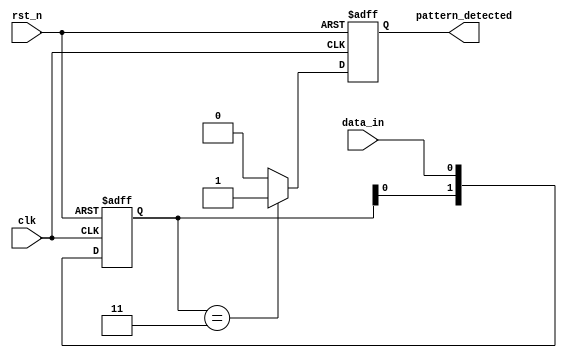
module dual_ff_detector (
    input wire clk,                // Clock signal
    input wire rst_n,              // Active low reset
    input wire data_in,            // Input data stream
    output reg pattern_detected     // Output signal indicating pattern detection
);

    // Parameters for the pattern to detect (example: "11")
    parameter PATTERN_LEN = 2;
    reg [PATTERN_LEN-1:0] pattern = 2'b11; // Define the pattern to detect
    reg [1:0] ff_out;                // Outputs of the dual flip-flops

    // Dual Flip-Flops for synchronization
    always @(posedge clk or negedge rst_n) begin
        if (!rst_n) begin
            ff_out <= 2'b00;         // Reset FF outputs
        end else begin
            ff_out[0] <= data_in;    // First flip-flop captures input data
            ff_out[1] <= ff_out[0];   // Second flip-flop captures the state of the first flip-flop
        end
    end

    // Pattern Detection Logic
    always @(posedge clk or negedge rst_n) begin
        if (!rst_n) begin
            pattern_detected <= 1'b0; // Reset output signal
        end else begin
            if (ff_out == pattern) begin
                pattern_detected <= 1'b1; // Assert output if pattern is detected
            end else begin
                pattern_detected <= 1'b0; // Deassert output otherwise
            end
        end
    end

endmodule